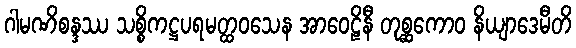
ဂါမဏိစန္ဒဿ သစ္စိကဋ္ဌပရမတ္ထဝသေန အာဝေဠိနီ တုစ္ဆကောဝ နိယျာဒေမီတိ